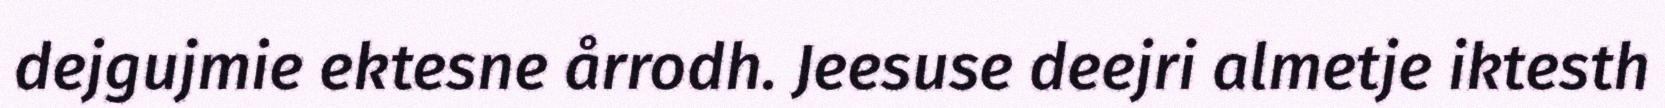
dejgujmie ektesne årrodh. Jeesuse deejri almetje iktesth